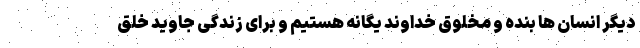
دیگر انسان ها بنده و مخلوق خداوند یگانه هستیم و برای زندگی جاوید خلق